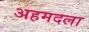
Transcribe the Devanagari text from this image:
अहमदला